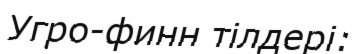
Угро-финн тілдері: